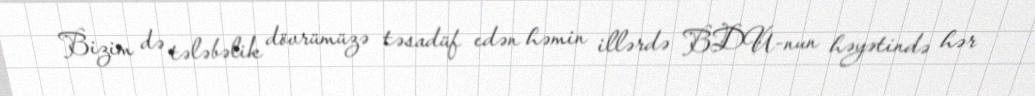
Bizim də tələbəlik dövrümüzə təsadüf edən həmin illərdə BDU-nun həyətində hər